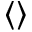
\langle \rangle